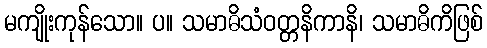
မကျိုးကုန်သော။ ပ။ သမာဓိသံဝတ္တနိကာနိ၊ သမာဓိကိဖြစ်